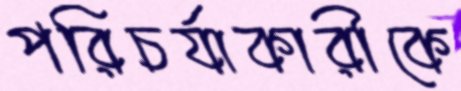
পরিচর্যাকারীকে